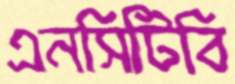
এনসিটিবি